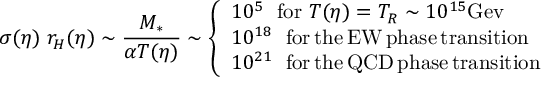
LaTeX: \sigma ( \eta ) \; r _ { H } ( \eta ) \sim \frac { M _ { * } } { \alpha T ( \eta ) } \sim \left\{ \begin{array} { l } { { 1 0 ^ { 5 } \; ~ \mathrm { f o r } ~ T ( \eta ) = T _ { R } \sim 1 0 ^ { 1 5 } \mathrm { G e v } } } \\ { { 1 0 ^ { 1 8 } \; ~ \mathrm { f o r \, t h e \, E W \, p h a s e \, t r a n s i t i o n } } } \\ { { 1 0 ^ { 2 1 } \; ~ \mathrm { f o r \, t h e \, Q C D \, p h a s e \, t r a n s i t i o n } } } \end{array} \right.